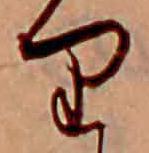
り